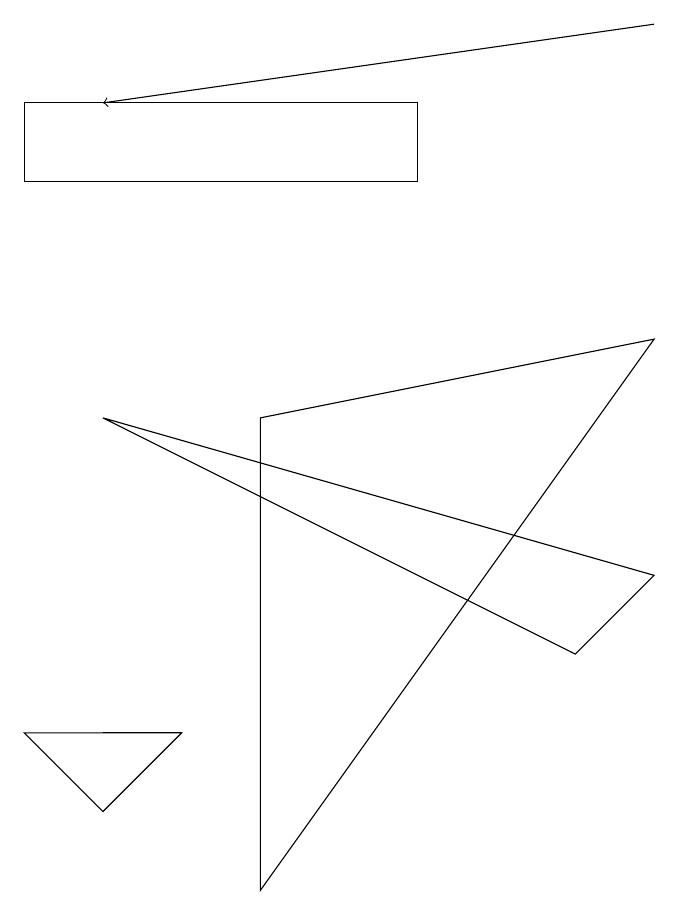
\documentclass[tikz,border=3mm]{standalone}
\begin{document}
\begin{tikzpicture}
\draw (1,4) -- (2,4) -- (1,4) -- cycle;
\draw[->] (8,13) -- (1,12);
\draw (1,8) -- (8,6) -- (7,5) -- cycle;
\draw (3,2) -- (8,9) -- (3,8) -- cycle;
\draw (1,3) -- (0,4) -- (2,4) -- cycle;
\draw (0,11) rectangle (5,12);
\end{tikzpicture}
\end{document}